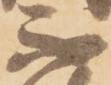
不